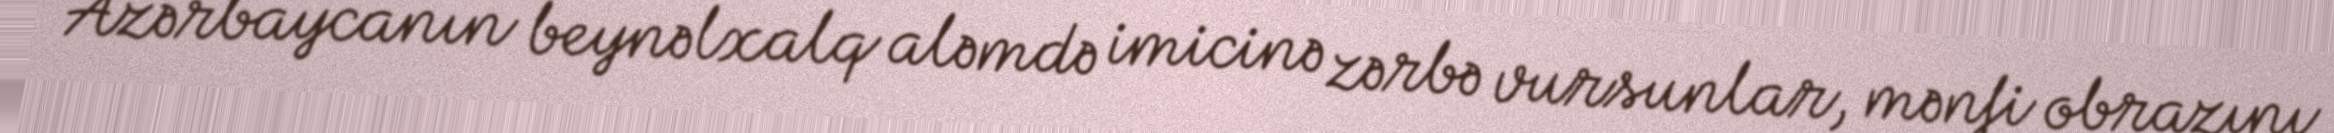
Azərbaycanın beynəlxalq aləmdə imicinə zərbə vursunlar, mənfi obrazını